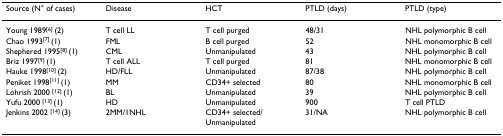
| Source (N° of cases) | Disease | HCT | PTLD (days) | PTLD (type) |
 | --- | --- | --- | --- | --- |
 | Young 1989[6] (2) | T cell LL | T cell purged | 48/31 | NHL polymorphic B cell |
 | Chao 1993[7] (1) | FML | B cell purged | 52 | NHL monomorphic B cell |
 | Shephered 1995[8] (1) | CML | Unmanipulated | 43 | NHL polymorphic B cell |
 | Briz 1997[9] (1) | T cell ALL | T cell purged | 81 | NHL monomorphic B cell |
 | Hauke 1998[10] (2) | HD/FLL | Unmanipulated | 87/38 | NHL polymorphic B cell |
 | Peniket 1998[11] (1) | MM | CD34+ selected | 80 | NHL monomorphic B cell |
 | Lohrish 2000 [12] (1) | BL | Unmanipulated | 39 | NHL polymorphic B cell |
 | Yufu 2000 [13] (1) | HD | Unmanipulated | 900 | T cell PTLD |
 | Jenkins 2002 [14] (3) | 2MM/1NHL | CD34+ selected/Unmanipulated | 31/NA | NHL polymorphic B cell |